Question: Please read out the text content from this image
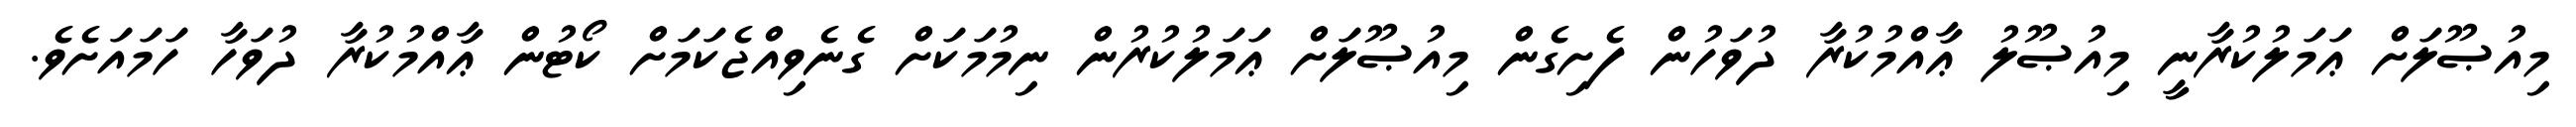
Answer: މިއުޞޫލަށް ޢަމަލުކުރާނީ މިއުޞޫލު ޢާއްމުކުރާ ދުވަހުން ފެށިގެން މިއުޞޫލަށް ޢަމަލުކުރުން ނިމުމަކަށް ގެނެވިއްޖެކަމަށް ކޯޓުން ޢާއްމުކުރާ ދުވަހާ ހަމައަށެވެ.